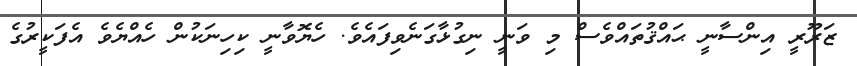
ޒަރޫރީ އިންސާނީ ޙައްޤުތައްވެސް މި ވަނީ ނިގުޅާގަނެވިފައެވެ. ހެޔޮވާނީ ކިހިނަކުން ހެއްޔެވެ އެފަކީރުގެ